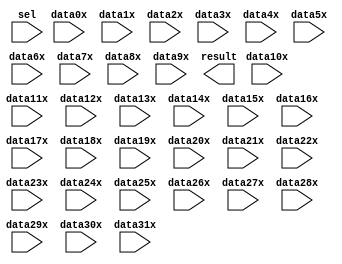
// megafunction wizard: %LPM_MUX%VBB%
// GENERATION: STANDARD
// VERSION: WM1.0
// MODULE: LPM_MUX 

// ============================================================
// Megafunction Name(s):
// 			LPM_MUX
//
// Simulation Library Files(s):
// 			lpm
// ============================================================
// ************************************************************
// THIS IS A WIZARD-GENERATED FILE. DO NOT EDIT THIS FILE!
//
// 22.1std.1 Build 917 02/14/2023 SC Lite Edition
// ************************************************************

//Copyright (C) 2023  Intel Corporation. All rights reserved.
//Your use of Intel Corporation's design tools, logic functions 
//and other software and tools, and any partner logic 
//functions, and any output files from any of the foregoing 
//(including device programming or simulation files), and any 
//associated documentation or information are expressly subject 
//to the terms and conditions of the Intel Program License 
//Subscription Agreement, the Intel Quartus Prime License Agreement,
//the Intel FPGA IP License Agreement, or other applicable license
//agreement, including, without limitation, that your use is for
//the sole purpose of programming logic devices manufactured by
//Intel and sold by Intel or its authorized distributors.  Please
//refer to the applicable agreement for further details, at
//https://fpgasoftware.intel.com/eula.

module lpm_mux5 (
	data0x,
	data10x,
	data11x,
	data12x,
	data13x,
	data14x,
	data15x,
	data16x,
	data17x,
	data18x,
	data19x,
	data1x,
	data20x,
	data21x,
	data22x,
	data23x,
	data24x,
	data25x,
	data26x,
	data27x,
	data28x,
	data29x,
	data2x,
	data30x,
	data31x,
	data3x,
	data4x,
	data5x,
	data6x,
	data7x,
	data8x,
	data9x,
	sel,
	result);

	input	[15:0]  data0x;
	input	[15:0]  data10x;
	input	[15:0]  data11x;
	input	[15:0]  data12x;
	input	[15:0]  data13x;
	input	[15:0]  data14x;
	input	[15:0]  data15x;
	input	[15:0]  data16x;
	input	[15:0]  data17x;
	input	[15:0]  data18x;
	input	[15:0]  data19x;
	input	[15:0]  data1x;
	input	[15:0]  data20x;
	input	[15:0]  data21x;
	input	[15:0]  data22x;
	input	[15:0]  data23x;
	input	[15:0]  data24x;
	input	[15:0]  data25x;
	input	[15:0]  data26x;
	input	[15:0]  data27x;
	input	[15:0]  data28x;
	input	[15:0]  data29x;
	input	[15:0]  data2x;
	input	[15:0]  data30x;
	input	[15:0]  data31x;
	input	[15:0]  data3x;
	input	[15:0]  data4x;
	input	[15:0]  data5x;
	input	[15:0]  data6x;
	input	[15:0]  data7x;
	input	[15:0]  data8x;
	input	[15:0]  data9x;
	input	[4:0]  sel;
	output	[15:0]  result;

endmodule

// ============================================================
// CNX file retrieval info
// ============================================================
// Retrieval info: PRIVATE: INTENDED_DEVICE_FAMILY STRING "Cyclone V"
// Retrieval info: PRIVATE: SYNTH_WRAPPER_GEN_POSTFIX STRING "0"
// Retrieval info: PRIVATE: new_diagram STRING "1"
// Retrieval info: LIBRARY: lpm lpm.lpm_components.all
// Retrieval info: CONSTANT: LPM_SIZE NUMERIC "32"
// Retrieval info: CONSTANT: LPM_TYPE STRING "LPM_MUX"
// Retrieval info: CONSTANT: LPM_WIDTH NUMERIC "16"
// Retrieval info: CONSTANT: LPM_WIDTHS NUMERIC "5"
// Retrieval info: USED_PORT: data0x 0 0 16 0 INPUT NODEFVAL "data0x[15..0]"
// Retrieval info: USED_PORT: data10x 0 0 16 0 INPUT NODEFVAL "data10x[15..0]"
// Retrieval info: USED_PORT: data11x 0 0 16 0 INPUT NODEFVAL "data11x[15..0]"
// Retrieval info: USED_PORT: data12x 0 0 16 0 INPUT NODEFVAL "data12x[15..0]"
// Retrieval info: USED_PORT: data13x 0 0 16 0 INPUT NODEFVAL "data13x[15..0]"
// Retrieval info: USED_PORT: data14x 0 0 16 0 INPUT NODEFVAL "data14x[15..0]"
// Retrieval info: USED_PORT: data15x 0 0 16 0 INPUT NODEFVAL "data15x[15..0]"
// Retrieval info: USED_PORT: data16x 0 0 16 0 INPUT NODEFVAL "data16x[15..0]"
// Retrieval info: USED_PORT: data17x 0 0 16 0 INPUT NODEFVAL "data17x[15..0]"
// Retrieval info: USED_PORT: data18x 0 0 16 0 INPUT NODEFVAL "data18x[15..0]"
// Retrieval info: USED_PORT: data19x 0 0 16 0 INPUT NODEFVAL "data19x[15..0]"
// Retrieval info: USED_PORT: data1x 0 0 16 0 INPUT NODEFVAL "data1x[15..0]"
// Retrieval info: USED_PORT: data20x 0 0 16 0 INPUT NODEFVAL "data20x[15..0]"
// Retrieval info: USED_PORT: data21x 0 0 16 0 INPUT NODEFVAL "data21x[15..0]"
// Retrieval info: USED_PORT: data22x 0 0 16 0 INPUT NODEFVAL "data22x[15..0]"
// Retrieval info: USED_PORT: data23x 0 0 16 0 INPUT NODEFVAL "data23x[15..0]"
// Retrieval info: USED_PORT: data24x 0 0 16 0 INPUT NODEFVAL "data24x[15..0]"
// Retrieval info: USED_PORT: data25x 0 0 16 0 INPUT NODEFVAL "data25x[15..0]"
// Retrieval info: USED_PORT: data26x 0 0 16 0 INPUT NODEFVAL "data26x[15..0]"
// Retrieval info: USED_PORT: data27x 0 0 16 0 INPUT NODEFVAL "data27x[15..0]"
// Retrieval info: USED_PORT: data28x 0 0 16 0 INPUT NODEFVAL "data28x[15..0]"
// Retrieval info: USED_PORT: data29x 0 0 16 0 INPUT NODEFVAL "data29x[15..0]"
// Retrieval info: USED_PORT: data2x 0 0 16 0 INPUT NODEFVAL "data2x[15..0]"
// Retrieval info: USED_PORT: data30x 0 0 16 0 INPUT NODEFVAL "data30x[15..0]"
// Retrieval info: USED_PORT: data31x 0 0 16 0 INPUT NODEFVAL "data31x[15..0]"
// Retrieval info: USED_PORT: data3x 0 0 16 0 INPUT NODEFVAL "data3x[15..0]"
// Retrieval info: USED_PORT: data4x 0 0 16 0 INPUT NODEFVAL "data4x[15..0]"
// Retrieval info: USED_PORT: data5x 0 0 16 0 INPUT NODEFVAL "data5x[15..0]"
// Retrieval info: USED_PORT: data6x 0 0 16 0 INPUT NODEFVAL "data6x[15..0]"
// Retrieval info: USED_PORT: data7x 0 0 16 0 INPUT NODEFVAL "data7x[15..0]"
// Retrieval info: USED_PORT: data8x 0 0 16 0 INPUT NODEFVAL "data8x[15..0]"
// Retrieval info: USED_PORT: data9x 0 0 16 0 INPUT NODEFVAL "data9x[15..0]"
// Retrieval info: USED_PORT: result 0 0 16 0 OUTPUT NODEFVAL "result[15..0]"
// Retrieval info: USED_PORT: sel 0 0 5 0 INPUT NODEFVAL "sel[4..0]"
// Retrieval info: CONNECT: @data 0 0 16 0 data0x 0 0 16 0
// Retrieval info: CONNECT: @data 0 0 16 160 data10x 0 0 16 0
// Retrieval info: CONNECT: @data 0 0 16 176 data11x 0 0 16 0
// Retrieval info: CONNECT: @data 0 0 16 192 data12x 0 0 16 0
// Retrieval info: CONNECT: @data 0 0 16 208 data13x 0 0 16 0
// Retrieval info: CONNECT: @data 0 0 16 224 data14x 0 0 16 0
// Retrieval info: CONNECT: @data 0 0 16 240 data15x 0 0 16 0
// Retrieval info: CONNECT: @data 0 0 16 256 data16x 0 0 16 0
// Retrieval info: CONNECT: @data 0 0 16 272 data17x 0 0 16 0
// Retrieval info: CONNECT: @data 0 0 16 288 data18x 0 0 16 0
// Retrieval info: CONNECT: @data 0 0 16 304 data19x 0 0 16 0
// Retrieval info: CONNECT: @data 0 0 16 16 data1x 0 0 16 0
// Retrieval info: CONNECT: @data 0 0 16 320 data20x 0 0 16 0
// Retrieval info: CONNECT: @data 0 0 16 336 data21x 0 0 16 0
// Retrieval info: CONNECT: @data 0 0 16 352 data22x 0 0 16 0
// Retrieval info: CONNECT: @data 0 0 16 368 data23x 0 0 16 0
// Retrieval info: CONNECT: @data 0 0 16 384 data24x 0 0 16 0
// Retrieval info: CONNECT: @data 0 0 16 400 data25x 0 0 16 0
// Retrieval info: CONNECT: @data 0 0 16 416 data26x 0 0 16 0
// Retrieval info: CONNECT: @data 0 0 16 432 data27x 0 0 16 0
// Retrieval info: CONNECT: @data 0 0 16 448 data28x 0 0 16 0
// Retrieval info: CONNECT: @data 0 0 16 464 data29x 0 0 16 0
// Retrieval info: CONNECT: @data 0 0 16 32 data2x 0 0 16 0
// Retrieval info: CONNECT: @data 0 0 16 480 data30x 0 0 16 0
// Retrieval info: CONNECT: @data 0 0 16 496 data31x 0 0 16 0
// Retrieval info: CONNECT: @data 0 0 16 48 data3x 0 0 16 0
// Retrieval info: CONNECT: @data 0 0 16 64 data4x 0 0 16 0
// Retrieval info: CONNECT: @data 0 0 16 80 data5x 0 0 16 0
// Retrieval info: CONNECT: @data 0 0 16 96 data6x 0 0 16 0
// Retrieval info: CONNECT: @data 0 0 16 112 data7x 0 0 16 0
// Retrieval info: CONNECT: @data 0 0 16 128 data8x 0 0 16 0
// Retrieval info: CONNECT: @data 0 0 16 144 data9x 0 0 16 0
// Retrieval info: CONNECT: @sel 0 0 5 0 sel 0 0 5 0
// Retrieval info: CONNECT: result 0 0 16 0 @result 0 0 16 0
// Retrieval info: GEN_FILE: TYPE_NORMAL lpm_mux5.v TRUE
// Retrieval info: GEN_FILE: TYPE_NORMAL lpm_mux5.inc FALSE
// Retrieval info: GEN_FILE: TYPE_NORMAL lpm_mux5.cmp FALSE
// Retrieval info: GEN_FILE: TYPE_NORMAL lpm_mux5.bsf FALSE
// Retrieval info: GEN_FILE: TYPE_NORMAL lpm_mux5_inst.v FALSE
// Retrieval info: GEN_FILE: TYPE_NORMAL lpm_mux5_bb.v TRUE
// Retrieval info: LIB_FILE: lpm